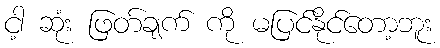
ငါ့ ဆုံး ဖြတ်ချက် ကို မပြင်နိုင်တော့ဘူး